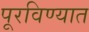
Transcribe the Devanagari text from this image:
पूरविण्यात